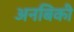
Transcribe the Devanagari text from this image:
अनबिकी